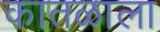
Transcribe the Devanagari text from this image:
कातळाला